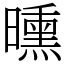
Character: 曛